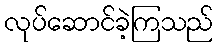
လုပ်ဆောင်ခဲ့ကြသည်